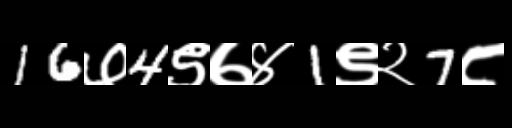
Text: 16७4९७४1९२7८